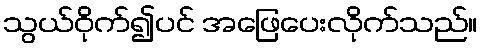
သွယ်ဝိုက်၍ပင် အဖြေပေးလိုက်သည်။